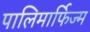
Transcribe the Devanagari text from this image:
पालिमार्फिज्म